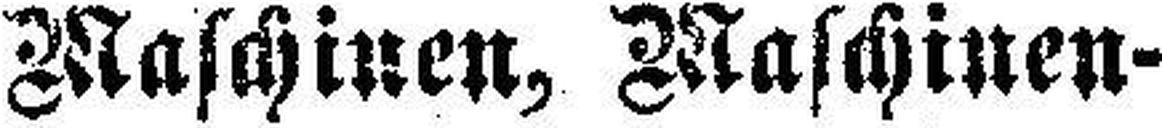
Maschinen, Maschinen¬